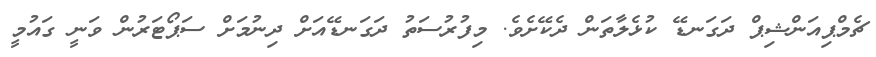
ޗެމްޕިއަންޝިޕް ދަގަނޑޭ ކުޅެލާތަން ދެކޭށެވެ. މިފުރުސަތު ދަގަނޑޭއަށް ދިނުމަށް ސަޕޯޓަރުން ވަނީ ގައުމީ